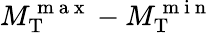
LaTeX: M_{\mathrm{T}}^{\mathrm{~m~a~x~}}-M_{\mathrm{T}}^{\mathrm{~m~i~n~}}